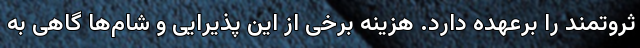
ثروتمند را برعهده دارد. هزینه برخی از این پذیرایی‌ و شام‌ها گاهی به